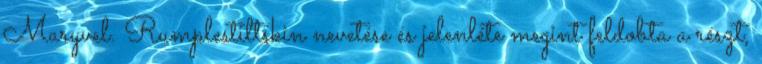
Maryvel. Rumplestiltskin nevetése és jelenléte megint feldobta a részt,